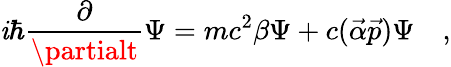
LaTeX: \mathit{i}\hbar\frac{{\partial}}{{\partialt}}\Psi=mc^{2}\beta\Psi+c(\vec{{\alpha}}\vec{{p}})\Psi\quad,